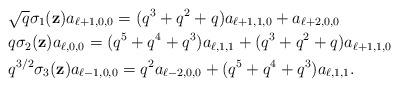
LaTeX: \begin{align*}&\sqrt{q}\sigma_1(\textbf{z})a_{\ell+1,0,0}=(q^3+q^2+q)a_{\ell+1,1,0}+a_{\ell+2,0,0}\\&{q}\sigma_2(\textbf{z})a_{\ell,0,0}=(q^5+q^4+q^3)a_{\ell,1,1}+(q^3+q^2+q)a_{\ell+1,1,0}\\& q^{3/2}\sigma_3(\textbf{z})a_{\ell-1,0,0}=q^2a_{\ell-2,0,0}+(q^5+q^4+q^3)a_{\ell,1,1}.\end{align*}